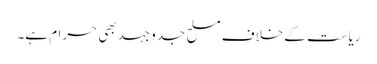
ریاست کے خلاف مسلح جدوجہد بھی حرام ہے۔